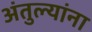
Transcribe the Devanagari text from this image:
अंतुल्यांना